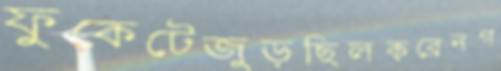
ফুকেটেজুড়ছিলকরেনগ